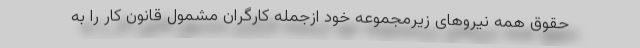
حقوق همه نیروهای زیرمجموعه خود ازجمله کارگران مشمول قانون کار را به